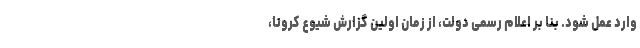
وارد عمل شود. بنا بر اعلام رسمی دولت، از زمان اولین گزارش شیوع کرونا،